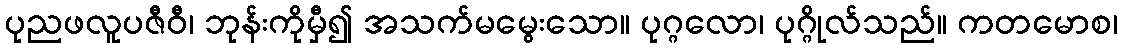
ပုညဖလူပဇီဝီ၊ ဘုန်းကိုမှီ၍ အသက်မမွေးသော။ ပုဂ္ဂလော၊ ပုဂ္ဂိုလ်သည်။ ကတမောစ၊